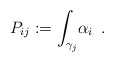
\begin{align*}{P_{ij}}:={\int_{\gamma_j}}{\alpha_i}\,\,\,.\end{align*}